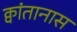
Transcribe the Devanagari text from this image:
क्वांतानास